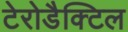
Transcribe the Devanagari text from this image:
टेरोडैक्टिल